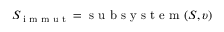
S _ { \textup { i m m u t } } = \textup { s u b s y s t e m } ( S , \upsilon )